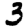
Digit: 3